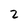
Character: 2